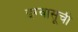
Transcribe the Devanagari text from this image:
इग्वासूची